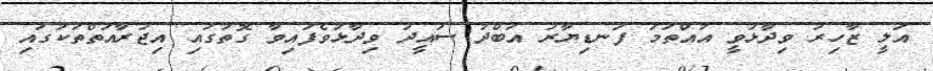
އަލީ ޒާހިރު ވިދާޅުވީ އުއްތަމަ ފަނޑިޔާރު އަބްދު ސައީދު ވިދާޅުވެފައިވާ ގޮތުގައި އިޖުރާއަތްތަކުގައި